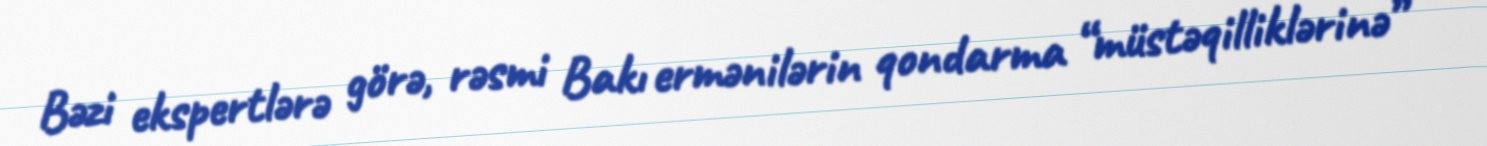
Bəzi ekspertlərə görə, rəsmi Bakı ermənilərin qondarma “müstəqilliklərinə”